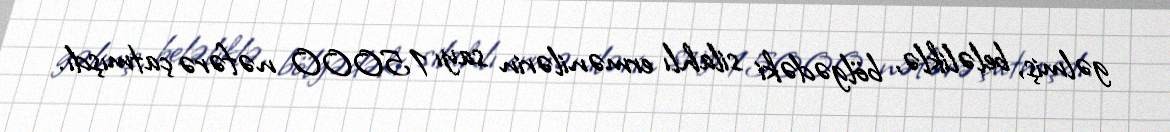
gəlmiş, beləliklə, bölgədəki silahlı ermənilərin sayı 15000 nəfərə çatmışdı.